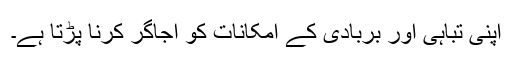
اپنی تباہی اور بربادی کے امکانات کو اجاگر کرنا پڑتا ہے۔